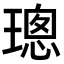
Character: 璁